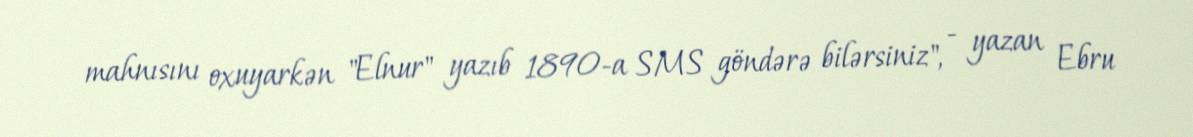
mahnısını oxuyarkən "Elnur" yazıb 1890-a SMS göndərə bilərsiniz", - yazan Ebru